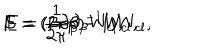
F = ( 2 \pi \beta ) ^ { - 1 } W _ { c l } , \hspace { . 5 c m } S = ( \beta \partial _ { \beta } - 1 ) W _ { c l } , \hspace { . 5 c m } E = { \frac { 1 } { 2 \pi } } \partial _ { \beta } W _ { c l } ,